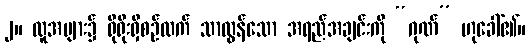
၂။ လူအများ၌ ရိုရိုးရှိစဉ်ထက် သာလွန်သော အရည်အချင်းကို “ဂုဏ်” ဟုခေါ်၏။